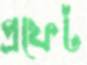
প্রফেট